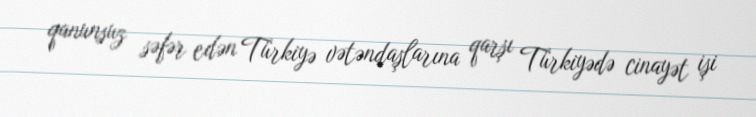
qanunsuz səfər edən Türkiyə vətəndaşlarına qarşı Türkiyədə cinayət işi